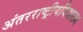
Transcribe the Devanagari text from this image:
अंतरराष्ट्रीयविद्यालय